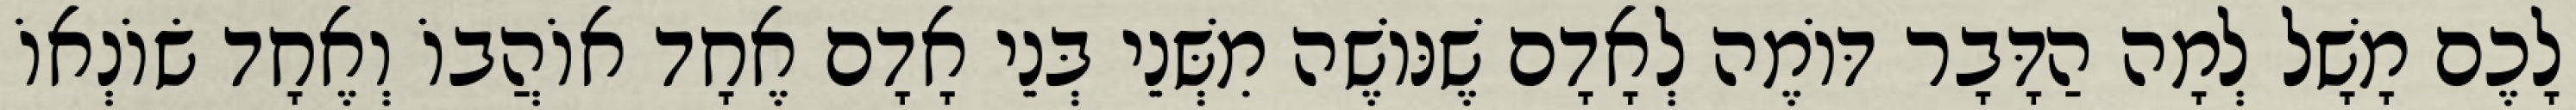
לָכֶם מָשָׁל לְמָה הַדָּבָר דּוֹמֶה לְאָדָם שֶׁנּוֹשֶׁה מִשְּׁנֵי בְּנֵי אָדָם אֶחָד אוֹהֲבוֹ וְאֶחָד שׂוֹנְאוֹ